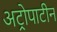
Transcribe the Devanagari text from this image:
अट्रोपाटीन